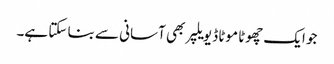
جو ایک چھوٹا موٹا ڈیویلپر بھی آسانی سے بنا سکتا ہے۔